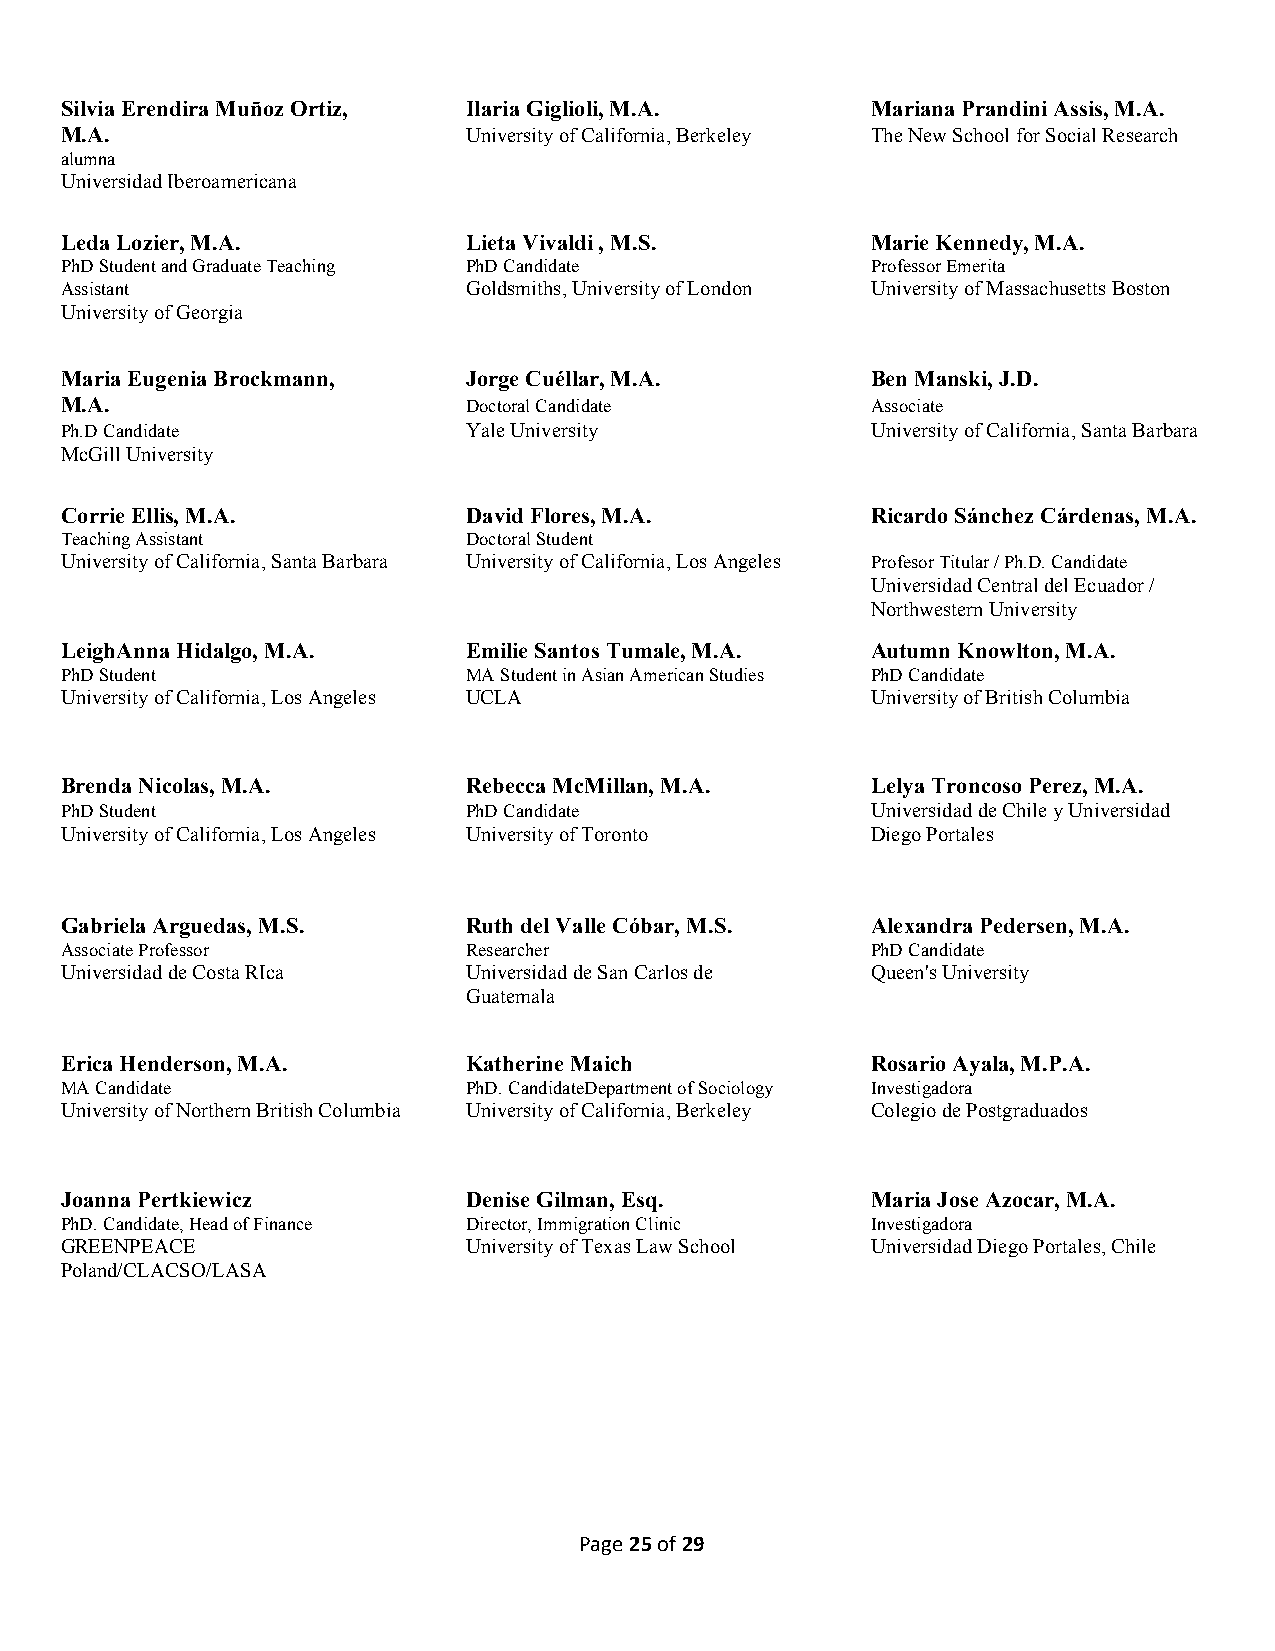
Silvia Erendira Muñoz Ortiz, Ilaria Giglioli, M.A.    Mariana Prandini Assis, M.A.
 M.A.                       University of California, Berkeley The New School for Social Research
 alumna
 Universidad Iberoamericana
 Leda Lozier, M.A.          Lieta Vivaldi , M.S.       Marie Kennedy, M.A.
 PhD Student and Graduate Teaching PhD Candidate       Professor Emerita
 Assistant                  Goldsmiths, University of London University of Massachusetts Boston
 University of Georgia
 Maria Eugenia Brockmann,   Jorge Cuéllar, M.A.        Ben Manski, J.D.
 M.A.                       Doctoral Candidate         Associate
 Ph.D Candidate             Yale University            University of California, Santa Barbara
 McGill University
 Corrie Ellis, M.A.         David Flores, M.A.         Ricardo Sánchez Cárdenas, M.A.
 Teaching Assistant         Doctoral Student
 University of California, Santa Barbara University of California, Los Angeles Profesor Titular / Ph.D. Candidate
 Universidad Central del Ecuador /
 Northwestern University
 LeighAnna Hidalgo, M.A.    Emilie Santos Tumale, M.A. Autumn Knowlton, M.A.
 PhD Student                MA Student in Asian American Studies PhD Candidate
 University of California, Los Angeles UCLA            University of British Columbia
 Brenda Nicolas, M.A.       Rebecca McMillan, M.A.     Lelya Troncoso Perez, M.A.
 PhD Student                PhD Candidate              Universidad de Chile y Universidad
 University of California, Los Angeles University of Toronto Diego Portales
 Gabriela Arguedas, M.S.    Ruth del Valle Cóbar, M.S. Alexandra Pedersen, M.A.
 Associate Professor        Researcher                 PhD Candidate
 Universidad de Costa RIca  Universidad de San Carlos de Queen's University
 Guatemala
 Erica Henderson, M.A.      Katherine Maich            Rosario Ayala, M.P.A.
 MA Candidate               PhD. CandidateDepartment of Sociology Investigadora
 University of Northern British Columbia University of California, Berkeley Colegio de Postgraduados
 Joanna Pertkiewicz         Denise Gilman, Esq.        Maria Jose Azocar, M.A.
 PhD. Candidate, Head of Finance Director, Immigration Clinic Investigadora
 GREENPEACE                 University of Texas Law School Universidad Diego Portales, Chile
 Poland/CLACSO/LASA
 Page 25 of 29